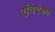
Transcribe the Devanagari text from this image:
एविएंका